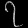
Digit: ၇